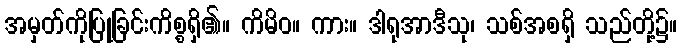
အမှတ်ကိုပြုခြင်းကိစ္စရှိ၏။ ကိမိဝ။ ကား။ ဒါရုအာဒီသု၊ သစ်အစရှိ သည်တို့၌။